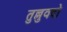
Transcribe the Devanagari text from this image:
तुल्लुवदो